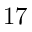
1 7